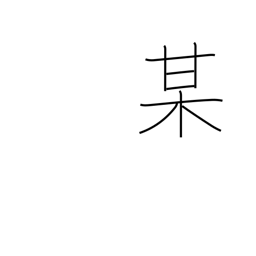
Meaning: so-and-so